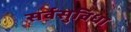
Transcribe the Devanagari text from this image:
सर्वसुविधा